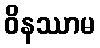
ဝိနဿာမ